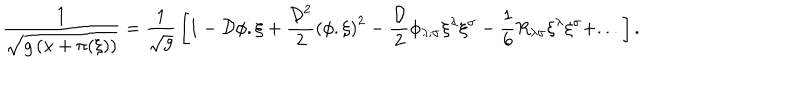
LaTeX: { \frac { 1 } { \sqrt { g \left( x + \pi ( \xi ) \right) } } } = { \frac { 1 } { \sqrt g } } \left[ 1 - { \cal D } \phi . \xi + { \frac { { \cal D } ^ { 2 } } { 2 } } \left( \phi . \xi \right) ^ { 2 } - { \frac { \cal D } { 2 } } \phi _ { \lambda ; \sigma } \xi ^ { \lambda } \xi ^ { \sigma } - { \frac { 1 } { 6 } } R _ { \lambda \sigma } \xi ^ { \lambda } \xi ^ { \sigma } + . . . \right] .